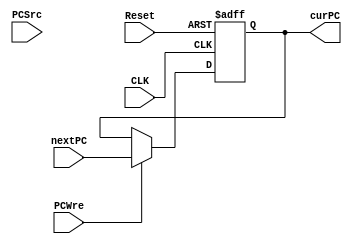
`timescale 1ns / 1ps
//////////////////////////////////////////////////////////////////////////////////
// Company: 
// Engineer: 
// 
// Design Name: 
// Module Name: PC
// Project Name: 
// Target Devices: 
// Tool Versions: 
// Description: 
// 
// Dependencies: 
// 
// Revision:
// Revision 0.01 - File Created
// Additional Comments:
// 
//////////////////////////////////////////////////////////////////////////////////



module PC(
       input CLK,              
       input Reset,            
       input PCWre,       
       input [1:0] PCSrc,       
       input [31:0] nextPC,  
       output reg[31:0] curPC
    );

        initial begin  
        curPC = 0;  
    end   
    always@(posedge CLK or negedge Reset) begin
        if(Reset==0) begin
        curPC = 0;
        end
        else if(PCWre) begin
        curPC = nextPC;
        end
    end
endmodule